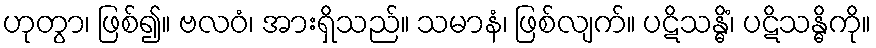
ဟုတွာ၊ ဖြစ်၍။ ဗလဝံ၊ အားရှိသည်။ သမာနံ၊ ဖြစ်လျက်။ ပဋိသန္ဓိံ၊ ပဋိသန္ဓိကို။